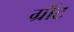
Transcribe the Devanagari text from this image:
ग्रौंट